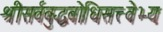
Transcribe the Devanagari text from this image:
श्रीसर्वबुद्धबोधिसत्त्वेभ्यः